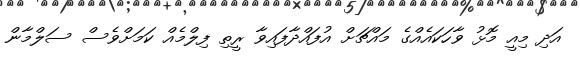
އަދި މިއީ މޮޅު ވާހަކައެއްގެ މައްޗަށް އުފައްދާފައިވާ ރީތި ފިލްމެއް ކަމަށްވެސް ސަލްމާން